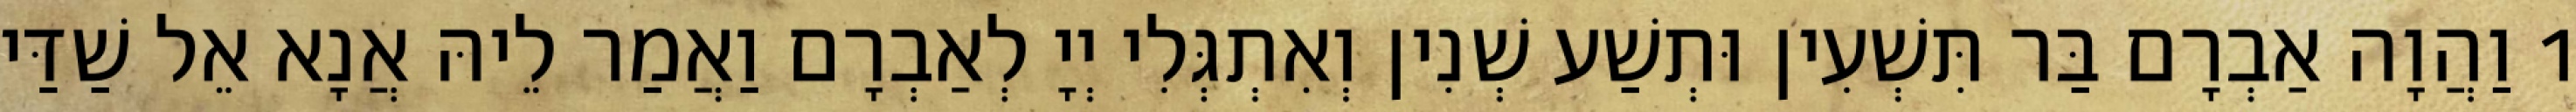
1 וַהֲוָה אַבְרָם בַּר תִּשְׁעִין וּתְשַׁע שְׁנִין וְאִתְגְּלִי יְיָ לְאַבְרָם וַאֲמַר לֵיהּ אֲנָא אֵל שַׁדַּי